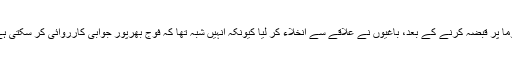
دُوما پر قبضہ کرنے کے بعد، باغیوں نے علاقے سے انخلاء کر لیا کیونکہ انہیں شبہ تھا کہ فوج بھرپور جوابی کارروائی کر سکتی ہے۔